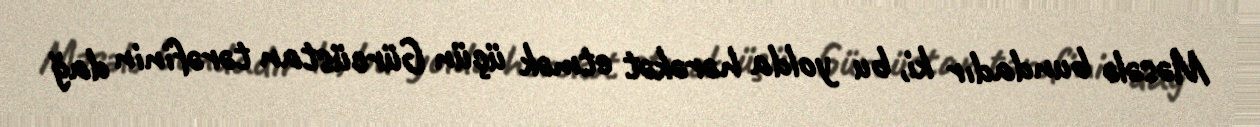
Məsələ bundadır ki, bu yolda hərəkət etmək üçün Gürcüstan tərəfinin dağ